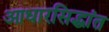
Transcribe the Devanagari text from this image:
आधारसिद्धांत